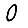
Digit: 0